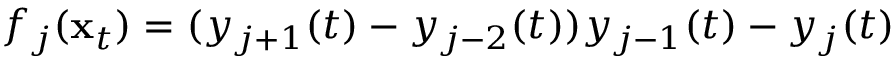
f _ { j } ( \mathbf x _ { t } ) = ( y _ { j + 1 } ( t ) - y _ { j - 2 } ( t ) ) y _ { j - 1 } ( t ) - y _ { j } ( t )